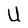
Character: U